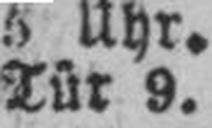
Tür 9.